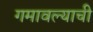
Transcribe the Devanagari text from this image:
गमावल्याची